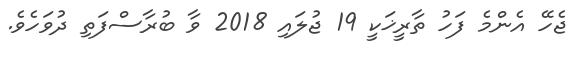
ޖެހޭ އެންމެ ފަހު ތާރީޚަކީ 19 ޖުލައި 2018 ވާ ބުރާސްފަތި ދުވަހެވެ.